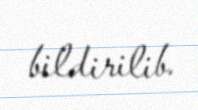
bildirilib.